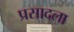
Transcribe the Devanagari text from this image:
प्रसादला